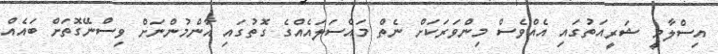
އިސްލާމީ ޝަރީއަތުގައި އެއްވެސް މިންވަރަކަށް ނެތް މައްސަލައެއްގެ ގޮތުގައި އާންމުންނަށް ވިސްނޭގޮތަށް ބައެއް